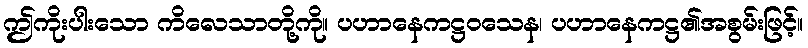
ဤကိုးပါးသော ကိလေသာတို့ကို။ ပဟာနေကဋ္ဌဝသေန၊ ပဟာနေကဋ္ဌ၏အစွမ်းဖြင့်။